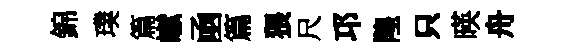
錦璞篇𪩘凾篇猥尺邛隍只暎舟